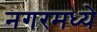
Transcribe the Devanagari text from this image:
नगरमध्ये